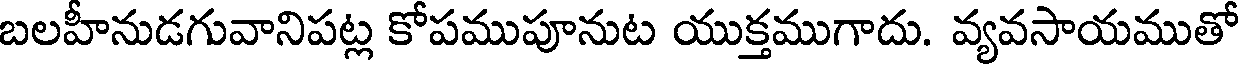
బలహీనుడగువానిపట్ల కోపముపూనుట యుక్తముగాదు. వ్యవసాయముతో